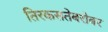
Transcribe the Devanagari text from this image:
तिरकसतेबरोबर